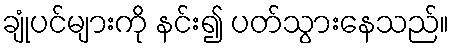
ချုံပင်များကို နင်း၍ ပတ်သွားနေသည်။